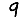
Digit: 9